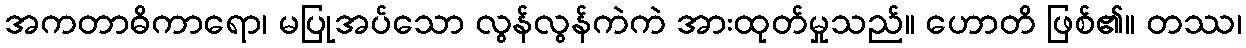
အကတာဓိကာရော၊ မပြုအပ်သော လွန်လွန်ကဲကဲ အားထုတ်မှုသည်။ ဟောတိ ဖြစ်၏။ တဿ၊